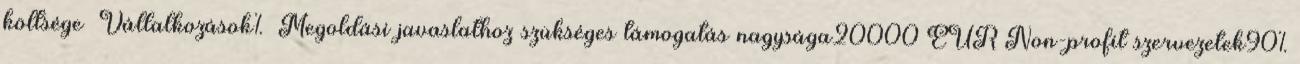
költsége ▪Vállalkozások% ▪Megoldási javaslathoz szükséges támogatás nagysága20000 EUR▪Non-profit szervezetek90%